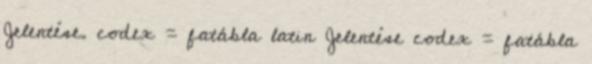
Jelentése. codex = fatábla latin Jelentése codex = fatábla